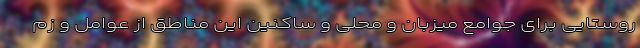
روستایی برای جوامع میزبان و محلی و ساکنین این مناطق از عوامل و زم